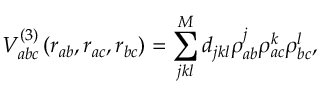
V _ { a b c } ^ { ( 3 ) } \left( r _ { a b } , r _ { a c } , r _ { b c } \right) = \sum _ { j k l } ^ { M } d _ { j k l } \rho _ { a b } ^ { j } \rho _ { a c } ^ { k } \rho _ { b c } ^ { l } ,